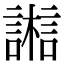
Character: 𣞇